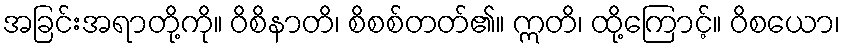
အခြင်းအရာတို့ကို။ ဝိစိနာတိ၊ စိစစ်တတ်၏။ ဣတိ၊ ထို့ကြောင့်။ ဝိစယော၊